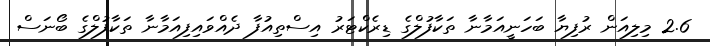
2.6 މިލިއަން ރުފިޔާ ބަހަނީއަމާނާ ތަކާފުލްގެ ޑިރެކްޓަރު އިސްތިއުފާ ދެއްވައިފިއަމާނާ ތަކާފުލްގެ ބޯނަސް